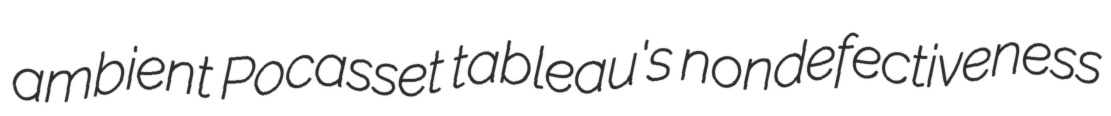
ambient Pocasset tableau's nondefectiveness